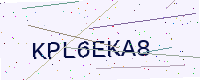
Text: KPL6EKA8